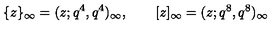
\{ z \} _ { \infty } = ( z ; q ^ { 4 } , q ^ { 4 } ) _ { \infty } , \qquad [ z ] _ { \infty } = ( z ; q ^ { 8 } , q ^ { 8 } ) _ { \infty }